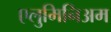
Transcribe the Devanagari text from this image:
एलुमिनिअम